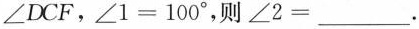
∠DCF，∠1=100°，则∠2=___.